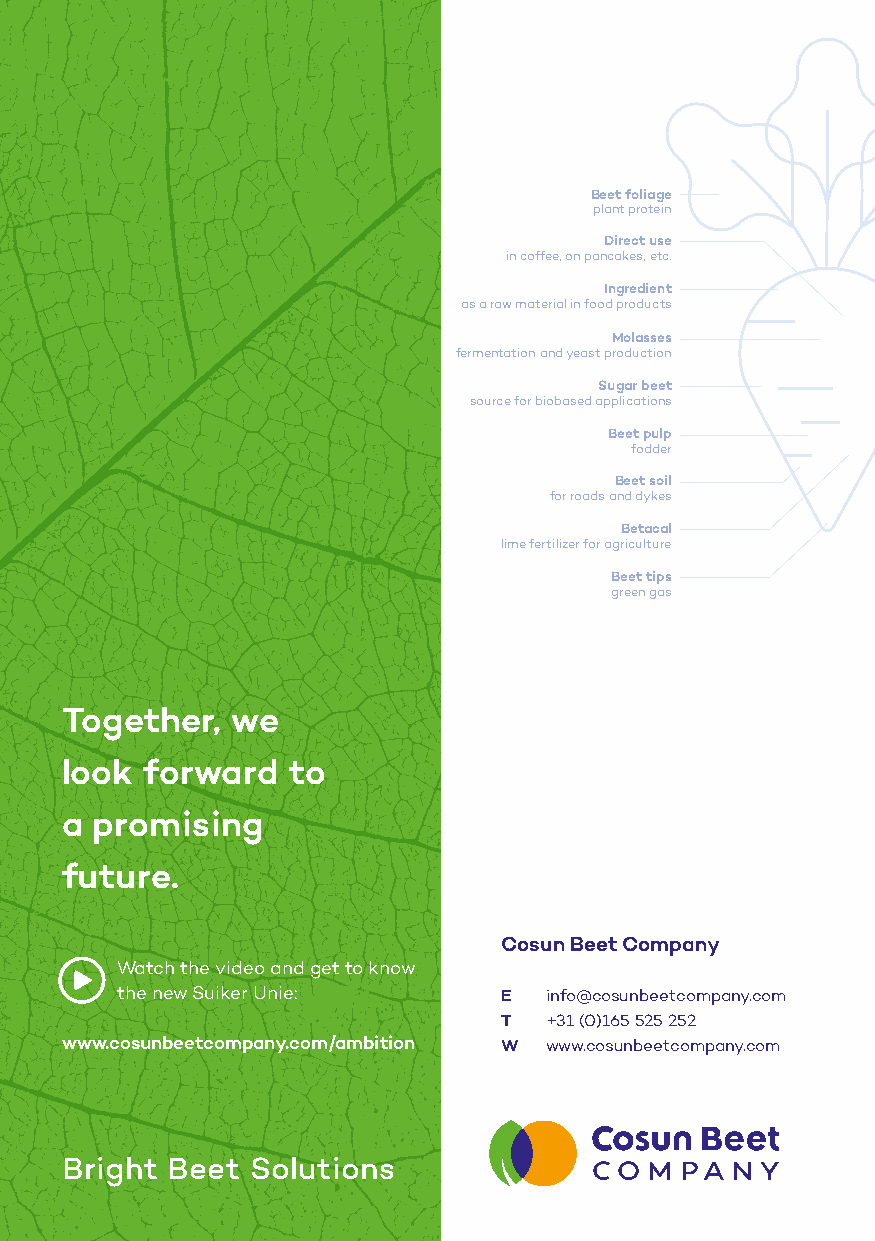
Beet foliage
 plant protein
 Direct use
 in coffee, on pancakes, etc.
 Ingredient
 as a raw material in food products
 Molasses
 fermentation and yeast production
 Sugar beet
 source for biobased applications
 Beet pulp
 fodder
 Beet soil
 for roads and dykes
 Betacal
 lime fertilizer for agriculture
 Beet tips
 green gas
 Together,  we
 look  forward  to
 a promising
 future.
 Cosun Beet Company
 Watch the video and get to know
 the new Suiker Unie:     E  info@cosunbeetcompany.com
 T  +31 (0)165 525 252
 www.cosunbeetcompany.com/ambition W www.cosunbeetcompany.com
 Bright Beet  Solutions